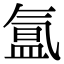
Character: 氲